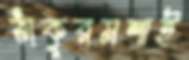
ঠাকুরমশাই